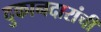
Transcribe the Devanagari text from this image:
दुकानदारांची